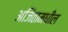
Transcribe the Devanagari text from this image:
अजिंठामधील